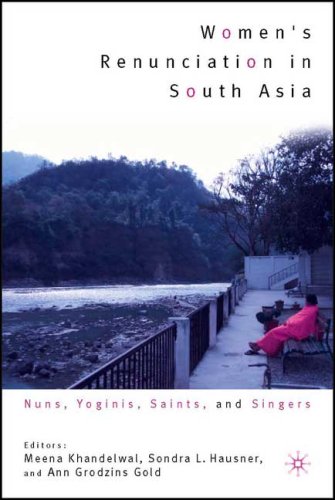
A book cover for Women's Renunciation in South Asia: Nuns, Yoginis, Saints, and Singers (Religion/Culture/Critique); Religion & Spirituality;